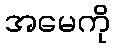
အမေကို